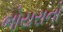
ભોયરાનો